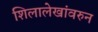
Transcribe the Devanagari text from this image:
शिलालेखांवरुन